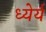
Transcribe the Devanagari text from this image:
ध्येर्य